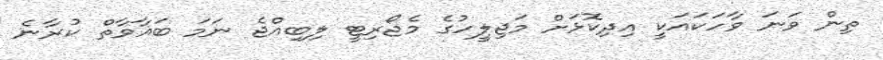
ތިން ވަނަ ވާހަކައަކީ އިދިކޮޅަށް މަޖިލީހުގެ މެޖޯރިޓީ ލިބިއްޖެ ނަމަ ބަޣާވާތް ކުރާނެ